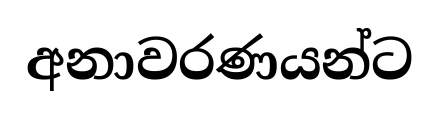
අනාවරණයන්ට